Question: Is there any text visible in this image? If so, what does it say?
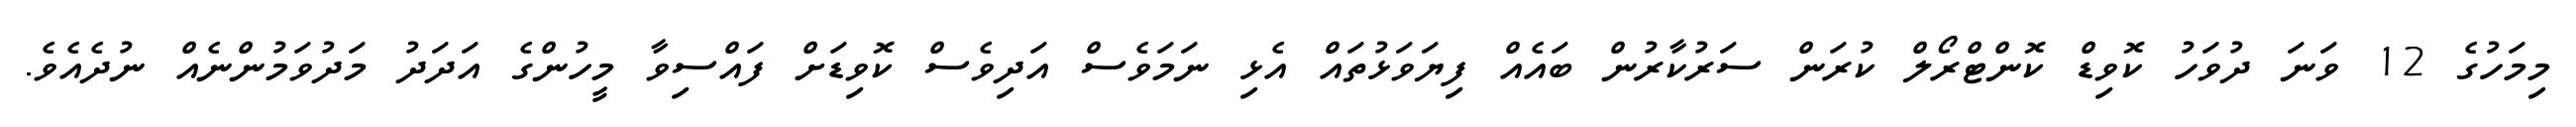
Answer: މިމަހުގެ 12 ވަނަ ދުވަހު ކޮވިޑް ކޮންޓްރޯލް ކުރަން ސަރުކާރުން ބައެއް ފިޔަވަޅުތައް އެޅި ނަމަވެސް އަދިވެސް ކޮވިޑަށް ފައްސިވާ މީހުންގެ އަދަދު މަދުވަމުންނެއް ނުދެއެވެ.